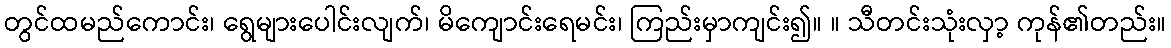
တွင်ထမည်ကောင်း၊ ရွေများပေါင်းလျက်၊ မိကျောင်းရေမင်း၊ ကြည်းမှာကျင်း၍။ ။ သီတင်းသုံးလှာ့ ကုန်၏တည်း။